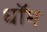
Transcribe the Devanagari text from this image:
धॉम